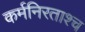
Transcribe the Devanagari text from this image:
कर्मनिरताश्च